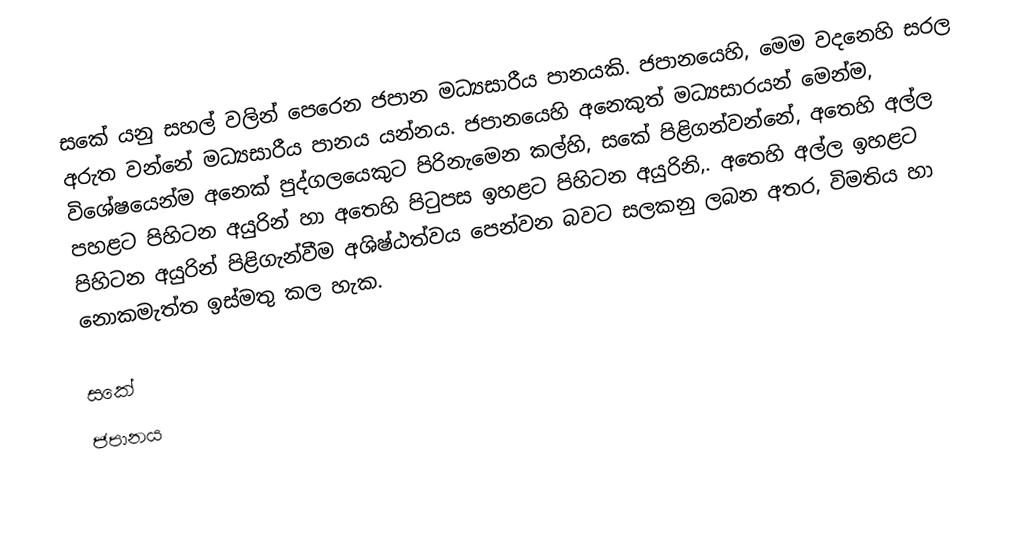
සකේ යනු  සහල් වලින් පෙරෙන ජපාන මධ්‍යසාරීය පානයකි. ජපානයෙහි, මෙම වදනෙහි සරල අරුත වන්නේ  මධ්‍යසාරීය පානය යන්නය. ජපානයෙහි අනෙකුත් මධ්‍යසාරයන් මෙන්ම, විශේෂයෙන්ම අනෙක් පුද්ගලයෙකුට පිරිනැමෙන කල්හි,   සකේ පිළිගන්වන්නේ, අතෙහි අල්ල පහළට පිහිටන අයුරින් හා අතෙහි පිටුපස ඉහළට පිහිටන අයුරිනි,.  අතෙහි අල්ල ඉහළට පිහිටන අයුරින් පිළිගැන්වීම අශිෂ්ඨත්වය පෙන්වන බවට සලකනු ලබන අතර, විමතිය හා නොකමැත්ත ඉස්මතු කල හැක.

සකේ
ජපානය